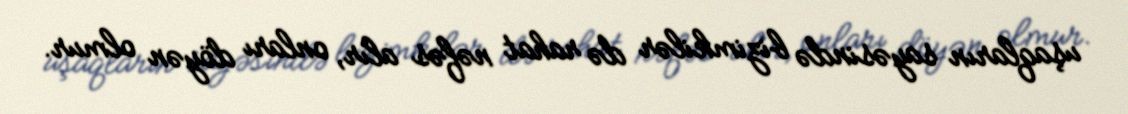
uşaqların sayəsində bizimkilər də rahat nəfəs alır, onları döyən olmur.